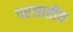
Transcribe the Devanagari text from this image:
परजातीय